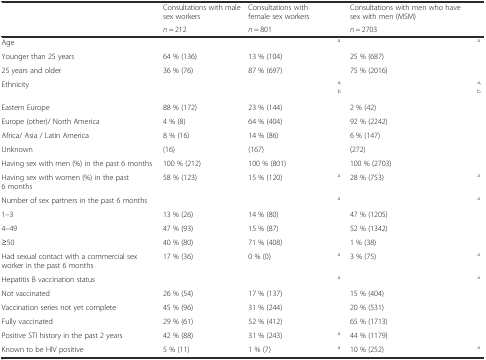
<table><thead><tr><td></td><td><b>Consultations with male sex workers</b></td><td><b>Consultations with female sex workers</b></td><td></td><td><b>Consultations with men who have sex with men (MSM)</b></td><td></td></tr><tr><td></td><td><b><i>n</i> = 212</b></td><td><b><i>n</i> = 801</b></td><td></td><td><b><i>n</i> = 2703</b></td><td></td></tr></thead><tbody><tr><td>Age</td><td></td><td></td><td><sup>a</sup></td><td></td><td><sup>a</sup></td></tr><tr><td>Younger than 25 years</td><td>64 % (136)</td><td>13 % (104)</td><td></td><td>25 % (687)</td><td></td></tr><tr><td>25 years and older</td><td>36 % (76)</td><td>87 % (697)</td><td></td><td>75 % (2016)</td><td></td></tr><tr><td>Ethnicity</td><td></td><td></td><td><sup>a, b</sup></td><td></td><td><sup>a, b</sup></td></tr><tr><td>Eastern Europe</td><td>88 % (172)</td><td>23 % (144)</td><td></td><td>2 % (42)</td><td></td></tr><tr><td>Europe (other)/ North America</td><td>4 % (8)</td><td>64 % (404)</td><td></td><td>92 % (2242)</td><td></td></tr><tr><td>Africa/ Asia / Latin America</td><td>8 % (16)</td><td>14 % (86)</td><td></td><td>6 % (147)</td><td></td></tr><tr><td>Unknown</td><td>(16)</td><td>(167)</td><td></td><td>(272)</td><td></td></tr><tr><td>Having sex with men (%) in the past 6 months</td><td>100 % (212)</td><td>100 % (801)</td><td></td><td>100 % (2703)</td><td></td></tr><tr><td>Having sex with women (%) in the past 6 months</td><td>58 % (123)</td><td>15 % (120)</td><td><sup>a</sup></td><td>28 % (753)</td><td><sup>a</sup></td></tr><tr><td>Number of sex partners in the past 6 months</td><td></td><td></td><td><sup>a</sup></td><td></td><td><sup>a</sup></td></tr><tr><td>1–3</td><td>13 % (26)</td><td>14 % (80)</td><td></td><td>47 % (1205)</td><td></td></tr><tr><td>4–49</td><td>47 % (93)</td><td>15 % (87)</td><td></td><td>52 % (1342)</td><td></td></tr><tr><td>≥50</td><td>40 % (80)</td><td>71 % (408)</td><td></td><td>1 % (38)</td><td></td></tr><tr><td>Had sexual contact with a commercial sex worker in the past 6 months</td><td>17 % (36)</td><td>0 % (0)</td><td><sup>a</sup></td><td>3 % (75)</td><td><sup>a</sup></td></tr><tr><td>Hepatitis B vaccination status</td><td></td><td></td><td><sup>a</sup></td><td></td><td><sup>a</sup></td></tr><tr><td>Not vaccinated</td><td>26 % (54)</td><td>17 % (137)</td><td></td><td>15 % (404)</td><td></td></tr><tr><td>Vaccination series not yet complete</td><td>45 % (96)</td><td>31 % (244)</td><td></td><td>20 % (531)</td><td></td></tr><tr><td>Fully vaccinated</td><td>29 % (61)</td><td>52 % (412)</td><td></td><td>65 % (1713)</td><td></td></tr><tr><td>Positive STI history in the past 2 years</td><td>42 % (88)</td><td>31 % (243)</td><td><sup>a</sup></td><td>44 % (1179)</td><td></td></tr><tr><td>Known to be HIV positive</td><td>5 % (11)</td><td>1 % (7)</td><td><sup>a</sup></td><td>10 % (252)</td><td><sup>a</sup></td></tr></tbody></table>